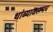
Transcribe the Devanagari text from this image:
थांब्यावरूनच